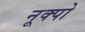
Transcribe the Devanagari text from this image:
नूक्पो